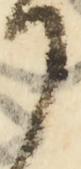
沙